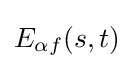
E_{\alpha f}(s,t)